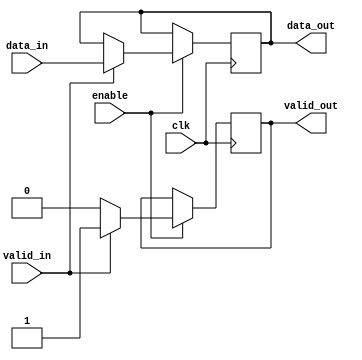
module high_speed_buffer (
    input wire clk,
    input wire [7:0] data_in,
    output wire [7:0] data_out,
    input wire valid_in,
    output wire valid_out,
    input wire enable
);

reg [7:0] buffer;
reg valid;

always @(posedge clk) begin
    if(enable) begin
        if(valid_in) begin
            buffer <= data_in;
            valid <= 1;
        end else begin
            valid <= 0;
        end
    end
end

assign data_out = buffer;
assign valid_out = valid;

endmodule